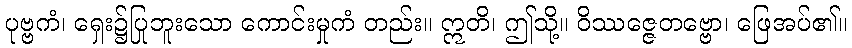
ပုဗ္ဗကံ၊ ရှေး၌ပြုဘူးသော ကောင်းမှုကံ တည်း။ ဣတိ၊ ဤသို့။ ဝိဿဇ္ဇေတဗ္ဗော၊ ဖြေအပ်၏။